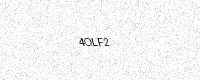
Text: 4OLF2